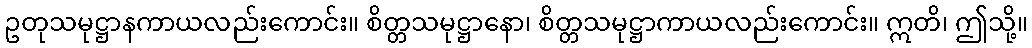
ဥတုသမုဋ္ဌာနကာယလည်းကောင်း။ စိတ္တသမုဋ္ဌာနော၊ စိတ္တသမုဋ္ဌာကာယလည်းကောင်း။ ဣတိ၊ ဤသို့။